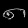
Digit: ၈